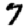
Digit: 7